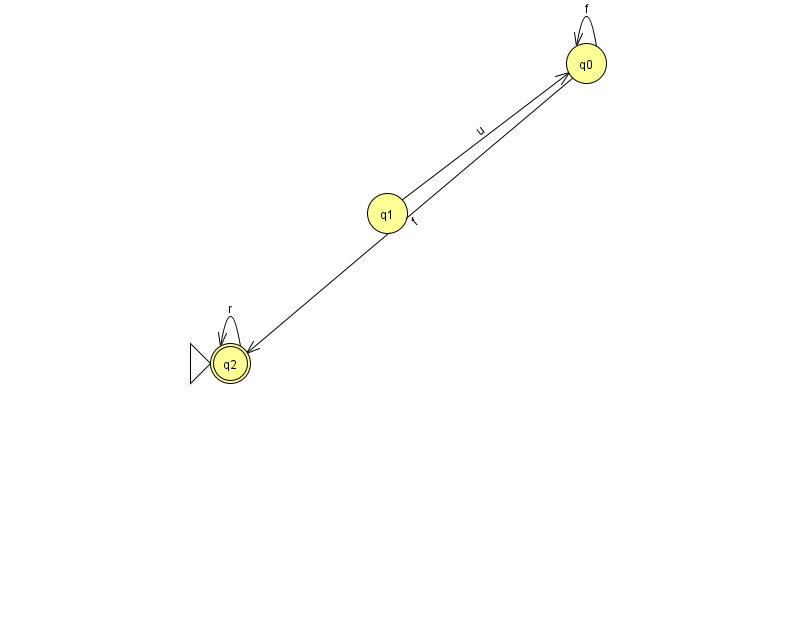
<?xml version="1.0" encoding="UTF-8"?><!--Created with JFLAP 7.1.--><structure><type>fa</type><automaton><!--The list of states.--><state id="0" name="q0"><x>586.0</x><y>50.0</y></state><state id="1" name="q1"><x>387.0</x><y>200.0</y></state><state id="2" name="q2"><x>230.0</x><y>350.0</y><initial/><final/></state><!--The list of transitions.--><transition><from>2</from><to>2</to><read>r</read></transition><transition><from>0</from><to>0</to><read>f</read></transition><transition><from>0</from><to>2</to><read>f</read></transition><transition><from>1</from><to>0</to><read>u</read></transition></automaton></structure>